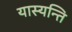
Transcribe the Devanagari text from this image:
यास्यन्ति